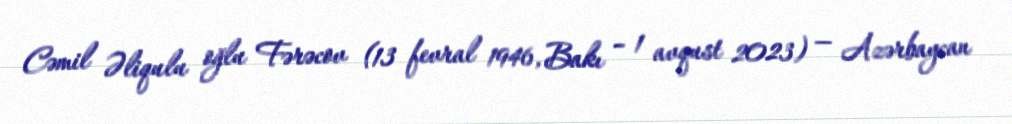
Cəmil Əliqulu oğlu Fərəcov (13 fevral 1946, Bakı – 1 avqust 2023) — Azərbaycan